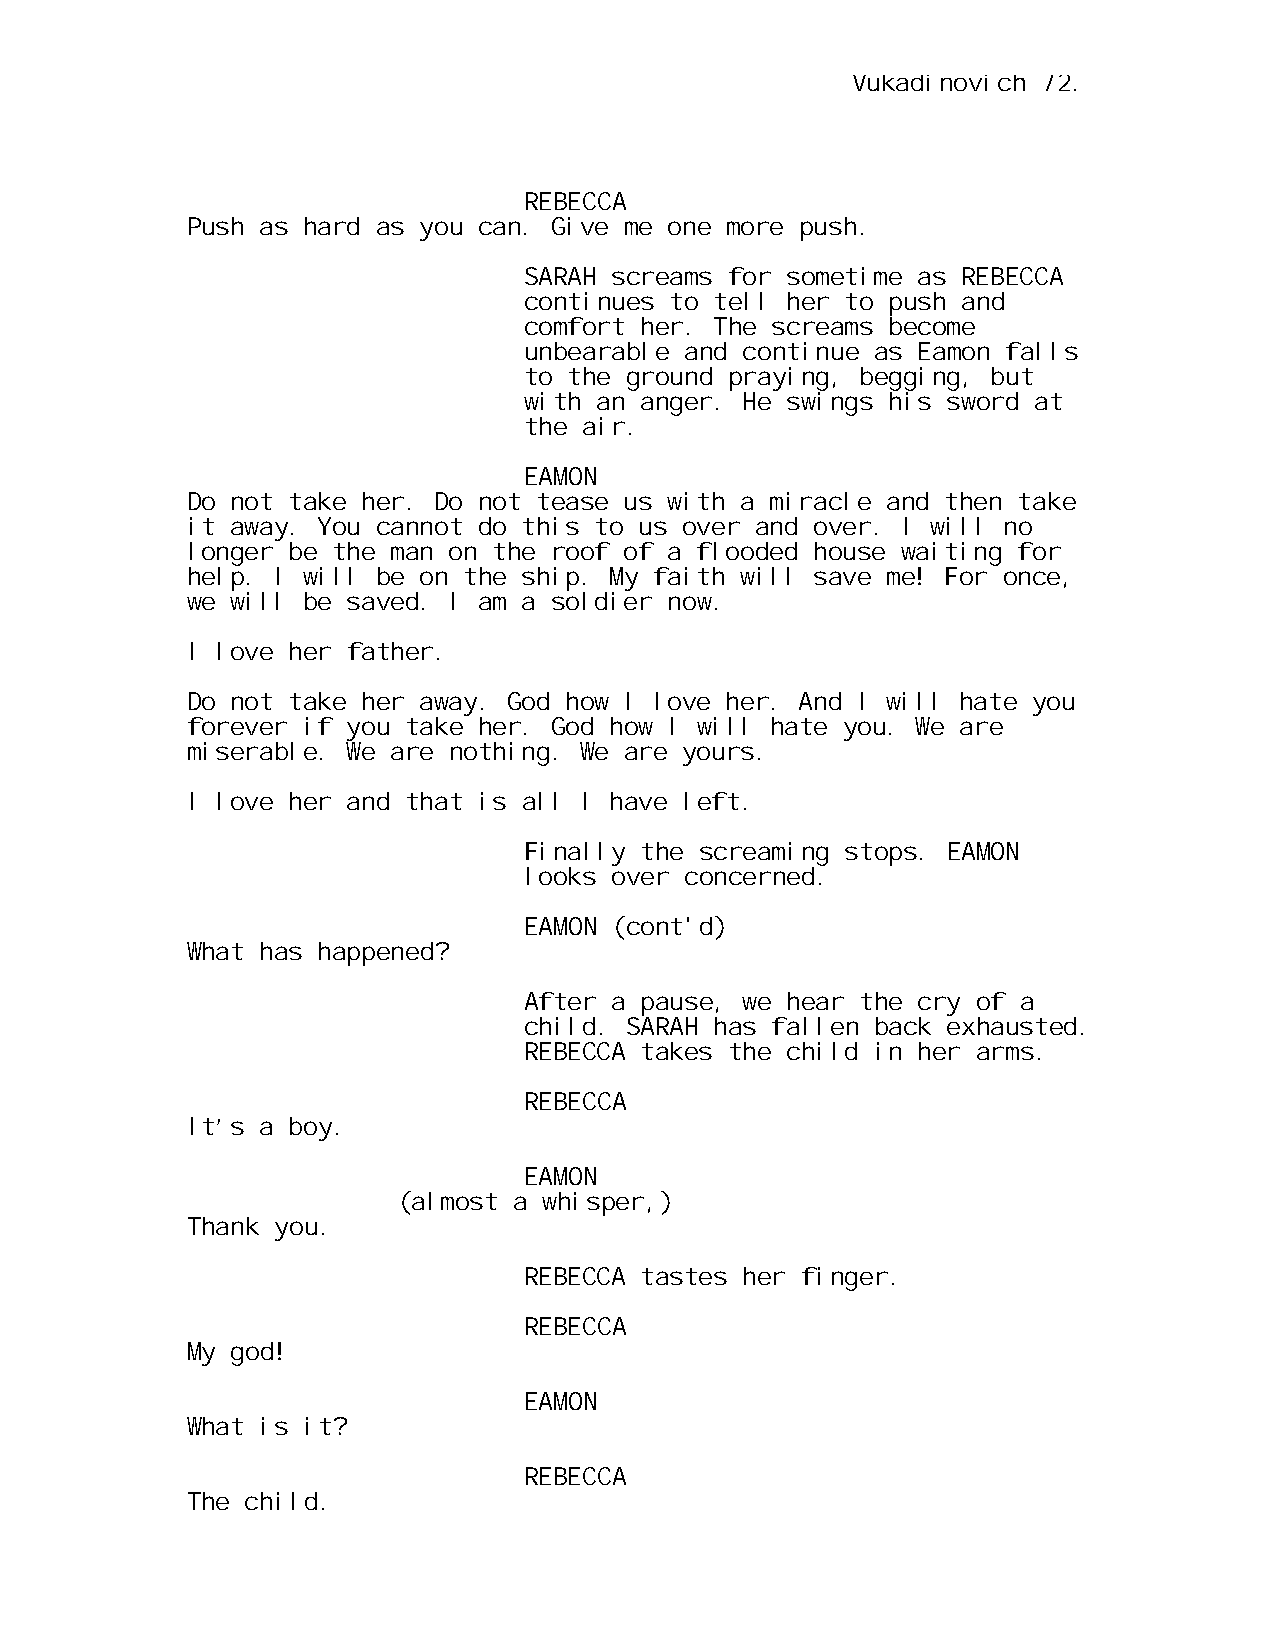
Vukadinovich 72.
 REBECCA
 Push as hard as you can. Give me one more push.
 SARAH screams for sometime as REBECCA
 continues to tell her to push and
 comfort her. The screams become
 unbearable and continue as Eamon falls
 to the ground praying, begging, but
 with an anger. He swings his sword at
 the air.
 EAMON
 Do not take her. Do not tease us with a miracle and then take
 it away. You cannot do this to us over and over. I will no
 longer be the man on the roof of a flooded house waiting for
 help. I will be on the ship. My faith will save me! For once,
 we will be saved. I am a soldier now.
 I love her father.
 Do not take her away. God how I love her. And I will hate you
 forever if you take her. God how I will hate you. We are
 miserable. We are nothing. We are yours.
 I love her and that is all I have left.
 Finally the screaming stops. EAMON
 looks over concerned.
 EAMON (cont'd)
 What has happened?
 After a pause, we hear the cry of a
 child. SARAH has fallen back exhausted.
 REBECCA takes the child in her arms.
 REBECCA
 It’s a boy.
 EAMON
 (almost a whisper,)
 Thank you.
 REBECCA tastes her finger.
 REBECCA
 My god!
 EAMON
 What is it?
 REBECCA
 The child.